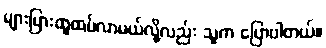
များပြားထူထပ်လာမယ်လို့လည်း သူက ပြောပါတယ်။